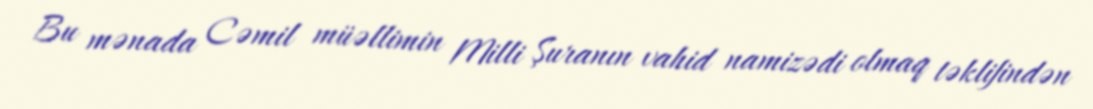
Bu mənada Cəmil müəllimin Milli Şuranın vahid namizədi olmaq təklifindən